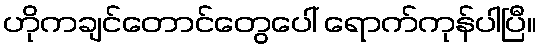
ဟိုကချင်တောင်တွေပေါ် ရောက်ကုန်ပါပြီ။